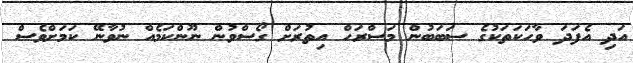
އަދި އެފަދަ ވާހަކަތަކުގެ ސަބަބުން މަސްރަހް އިތުރަށް ގޯސްވުން ނޫންކަމެއް ނުވާނޭ ކަމަށްވެސް